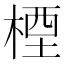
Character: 㮒